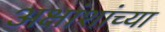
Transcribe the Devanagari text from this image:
अक्षांशांच्या